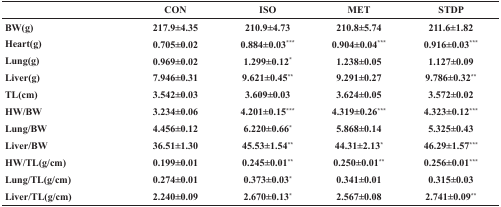
|  | CON | ISO | MET | STDP |
 | --- | --- | --- | --- | --- |
 | BW(g) | 217.9±4.35 | 210.9±4.73 | 210.8±5.74 | 211.6±1.82 |
 | Heart(g) | 0.705±0.02 | 0.884±0.03*** | 0.904±0.04*** | 0.916±0.03*** |
 | Lung(g) | 0.969±0.02 | 1.299±0.12* | 1.238±0.05 | 1.127±0.09 |
 | Liver(g) | 7.946±0.31 | 9.621±0.45** | 9.291±0.27 | 9.786±0.32** |
 | TL(cm) | 3.542±0.03 | 3.609±0.03 | 3.624±0.05 | 3.572±0.02 |
 | HW/BW | 3.234±0.06 | 4.201±0.15*** | 4.319±0.26*** | 4.323±0.12*** |
 | Lung/BW | 4.456±0.12 | 6.220±0.66* | 5.868±0.14 | 5.325±0.43 |
 | Liver/BW | 36.51±1.30 | 45.53±1.54** | 44.31±2.13* | 46.29±1.57*** |
 | HW/TL(g/cm) | 0.199±0.01 | 0.245±0.01** | 0.250±0.01** | 0.256±0.01*** |
 | Lung/TL(g/cm) | 0.274±0.01 | 0.373±0.03* | 0.341±0.01 | 0.315±0.03 |
 | Liver/TL(g/cm) | 2.240±0.09 | 2.670±0.13* | 2.567±0.08 | 2.741±0.09** |